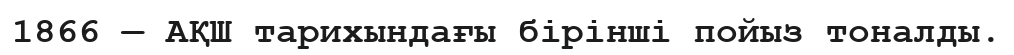
1866 — АҚШ тарихындағы бiрiншi пойыз тоналды.